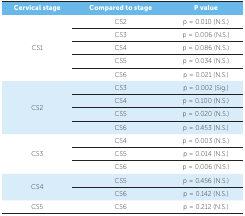
<table><thead><tr><td><b> Cervical stage</b></td><td><b> Compared to stage</b></td><td><b> P value</b></td></tr></thead><tbody><tr><td rowspan="5"> CS1</td><td> CS2</td><td> p = 0.010 (N.S.)</td></tr><tr><td> CS3</td><td> p = 0.006 (N.S.)</td></tr><tr><td> CS4</td><td> p = 0.086 (N.S.)</td></tr><tr><td> CS5</td><td> p = 0.034 (N.S.)</td></tr><tr><td> CS6</td><td> p = 0.021 (N.S.)</td></tr><tr><td rowspan="4"> CS2</td><td> CS3</td><td> p = 0.002 (Sig.)</td></tr><tr><td> CS4</td><td> p = 0.100 (N.S.)</td></tr><tr><td> CS5</td><td> p = 0.020 (N.S.)</td></tr><tr><td> CS6</td><td> p = 0.453 (N.S.)</td></tr><tr><td rowspan="3"> CS3</td><td> CS4</td><td> p = 0.003 (N.S.)</td></tr><tr><td> CS5</td><td> p = 0.014 (N.S.)</td></tr><tr><td> CS6</td><td> p = 0.006 (N.S.)</td></tr><tr><td rowspan="2"> CS4</td><td> CS5</td><td> p = 0.456 (N.S.)</td></tr><tr><td> CS6</td><td> p = 0.142 (N.S.)</td></tr><tr><td> CS5</td><td> CS6</td><td> p = 0.212 (N.S.)</td></tr></tbody></table>